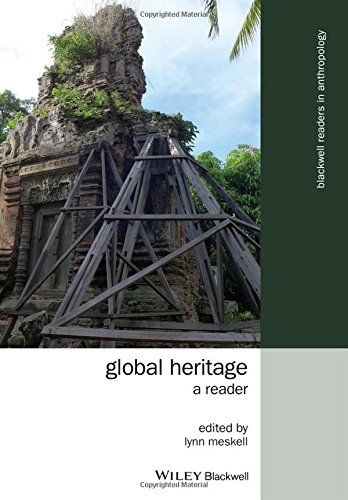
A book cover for Global Heritage: A Reader (Wiley Blackwell Readers in Anthropology); Politics & Social Sciences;